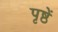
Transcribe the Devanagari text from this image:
पृष्ठें